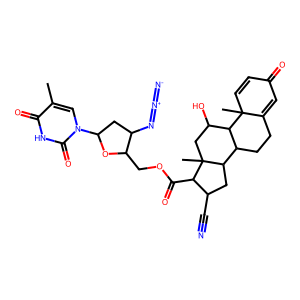
SMILES: Cc1cn(C2CC(N=[N+]=[N-])C(COC(=O)C3C(C#N)CC4C5CCC6=CC(=O)C=CC6(C)C5C(O)CC43C)O2)c(=O)[nH]c1=O
Inhibits HIV replication: Yes